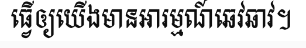
ធ្វើឲ្យយើងមានអារម្មណ៍ឆេវឆាវ។